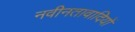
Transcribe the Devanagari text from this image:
नवीनतावादियों